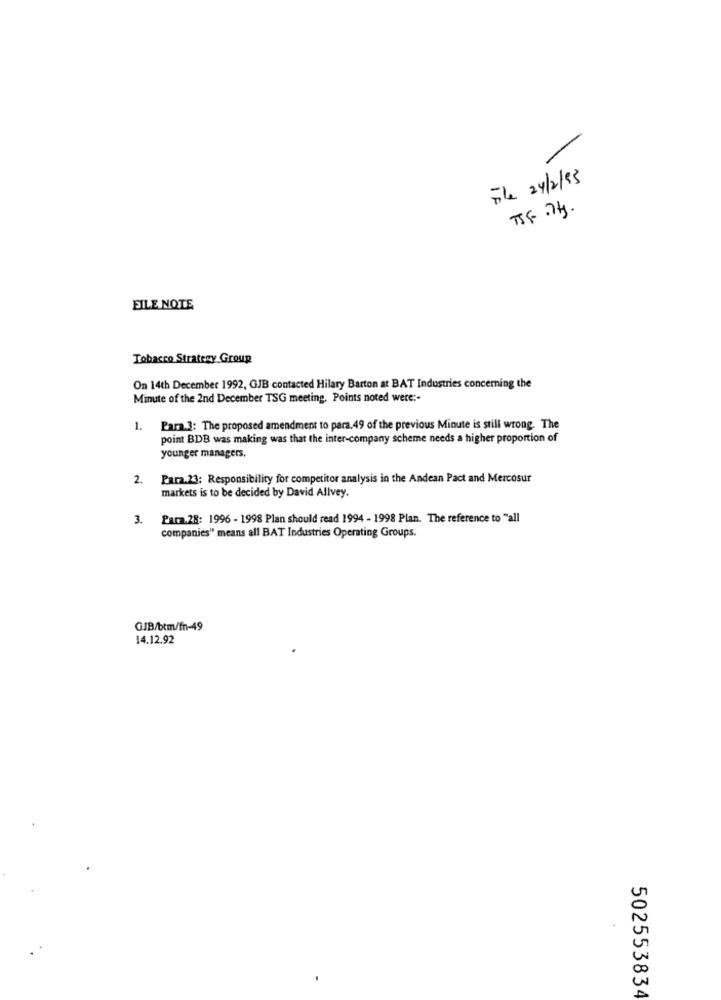
1
The 24/2/93
EILE NOTE
Tobacco Strategy Group
On 14th December 1992, GJB contacted Hilary Barton at BAT Industries concerning the
Minute of the 2nd December TSG meeting. Points noted were :-
1. Para.3: The proposed amendment to para. 49 of the previous Minute is still wrong. The
point BDB was making was that the inter-company scheme needs a higher proportion of
younger managers.
2.
Para.23: Responsibility for competitor analysis in the Andean Pact and Mercosur
markets is to be decided by David Allvey.
3.
Para.28: 1996 - 1998 Plan should read 1994 - 1998 Plan. The reference to "all
companies" means all BAT Industries Operating Groups.
GJB/btm/fn-49
14.12.92
502553834